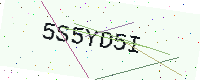
Text: 5S5YD5I